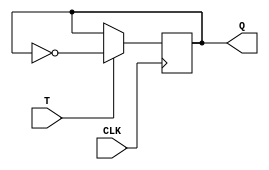
module T_latch (
    input T,
    input CLK,
    output reg Q
    );

always @(posedge CLK) begin
    if (T) begin
        Q <= ~Q; // Toggles the state of Q if T is high
    end
end

endmodule